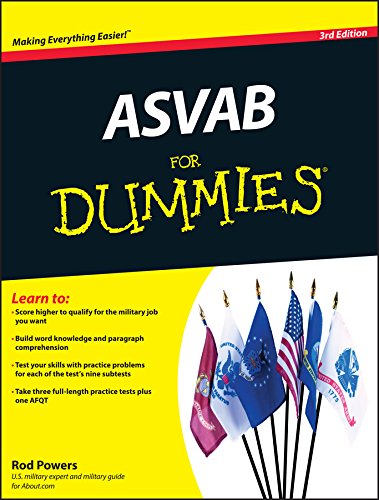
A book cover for ASVAB For Dummies; Rod Powers; Test Preparation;